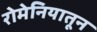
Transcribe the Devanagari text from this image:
रोमेनियातून